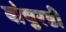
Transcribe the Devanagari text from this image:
बोचुरडी